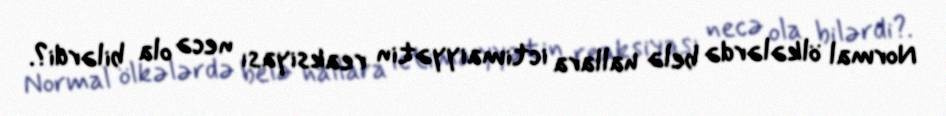
Normal ölkələrdə belə hallara ictimaiyyətin reaksiyası necə ola bilərdi?.